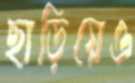
ছাড়িয়েও